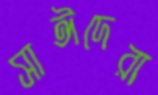
সাঈদেরা